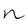
Character: n